Report on vaccination in Madras 1904-1921 - 1904-1921
Year: 1904
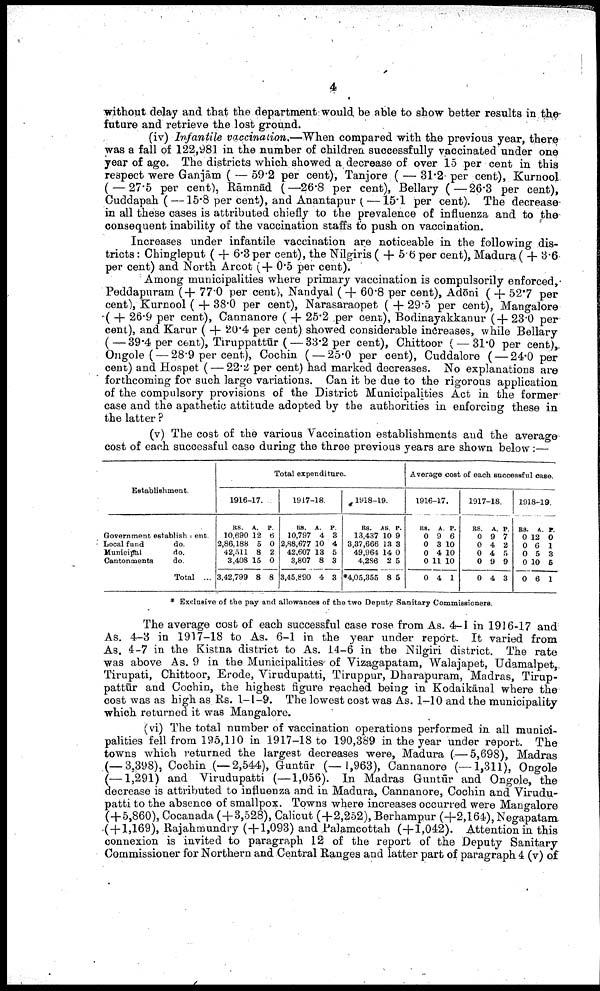
4
without delay and that the department would be able to show better results in the
future and retrieve the lost ground.
(iv) Infantile vaccination.—When compared with the previous year, there
was a fall of 122,981 in the number of children successfully vaccinated under one
year of age. The districts which showed a decrease of over 15 per cent in this
respect were Ganjām ( — 59.2 per cent), Tanjore ( — 31.2 per cent), Kurnool
( — 27.5 per cent), Rāmnād (—26.8 per cent), Bellary (—26.3 per cent),
Cuddapah (—15.8 per cent), and Anantapur (—15.1 per cent). The decrease-
in all these cases is attributed chiefly to the prevalence of influenza and to the
consequent inability of the vaccination staffs to push on vaccination.
Increases under infantile vaccination are noticeable in the following dis
tricts : Chingleput ( + 6.3 per cent), the Nilgiris ( + 5.6 per cent), Madura ( + 3.6
per cent) and North Arcot (+ 0.5 per cent).
Among municipalities where primary vaccination is compulsorily enforced,
Peddapuram ( + 77.0 per cent), Nandyal (+ 60.8 per cent), Adōni ( + 52.7 per
cent), Kurnool ( + 38.0 per cent), Narasaraopet ( + 29.5 per cent), Mangalore
( + 26.9 per cent), Cannanore ( + 25.2 per cent), Bodinayakkanur ( + 23.0 per
cent), and Karur ( + 20.4 per cent) showed considerable increases, while Bellary
(—39.4 per cent), Tiruppattūr ( — 33.2 per cent), Chittoor ( — 31.0 per cent),
Ongole (— 28.9 per cent), Cochin (— 25.0 per cent), Cuddalore ( — 24.0 per
cent) and Hospet (— 22.2 per cent) had marked decreases. No explanations are
forthcoming for such large variations. Can it be due to the rigorous application
of the compulsory provisions of the District Municipalities Act in the former
case and the apathetic attitude adopted by the authorities in enforcing these in
the latter ?
(v) The cost of the various Vaccination establishments and the average
cost of each successful case during the three previous years are shown below:—
Establishment.
Government establishment.
Local fund
do.
Municipal
do.
Cantonments
do.
Total ...
Total expenditure.
1916-17.
RS.
10,690
2,86,188
42,511
3,408
3,42,799
A.
12
5
8
15
8
P.
6
0
2
0
8
1917-18.
RS.
10,797
2,88,677
42,607
3,807
3,45,890
A.
4
10
13
8
4
P.
3
4
5
3
3
1918-19.
RS.
13,437
3,37,666
49,964
4,286
*4,05,355
AS
10
13
14
2
8
P.
9
3
0
5
5
Average cost of each successful case.
1916-17.
RS.
0
0
0
0
0
A.
9
3
4
11
4
P.
6
10
10
10
1
1917-18.
RS.
0
0
0
0
0
A.
9
4
4
9
4
P.
7
2
5
9
3
1918-19.
RS.
0
0
0
0
0
A.
12
6
5
10
6
P.
0
1
3
5
1
* Exclusive of the pay and allowances of the two Deputy Sanitary Commissioners.
The average cost of each successful case rose from As. 4-1 in 1916-17 and
As. 4-3 in 1917-18 to As. 6-1 in the year under report. It varied from
As. 4-7 in the Kistna district to As. 14-6 in the Nilgiri district. The rate
was above As. 9 in the Municipalities of Vizagapatam, Walajapet, Udamalpet,.
Tirupati, Chittoor, Erode, Virudupatti, Tiruppur, Dharapuram, Madras, Tirup¬
pattūr and Cochin, the highest figure reached being in Kodaikānal where the
cost was as high as Rs. 1-1-9. The lowest cost was As. 1—10 and the municipality
which returned it was Mangalore.
(vi) The total number of vaccination operations performed in all munici
palities fell from 195,110 in 1917-18 to 190,389 in the year under report. The
towns which returned the largest decreases were, Madura (— 5,698), Madras
(—3,398), Cochin (—2,544), Guntūr (—1,963), Cannanore (—1,311), Ongole
(—1,291) and Virudupatti (—1,056). In Madras Guntūr and Ongole, the
decrease is attributed to influenza and in Madura, Cannanore, Cochin and Virudu
patti to the absence of smallpox. Towns where increases occurred were Mangalore
(+5,860), Cocanada (+3,528), Calicut (+2,252), Berhampur (+2,164), Negapatam
(+1,169), Rajahmundry (+1,093) and Palamcottah (+1,042). Attention in this
connexion is invited to paragraph 12 of the report of the Deputy Sanitary
Commissioner for Northern and Central Ranges and latter part of paragraph 4 (v) of